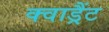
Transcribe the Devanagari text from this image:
क्वाड्रैंट